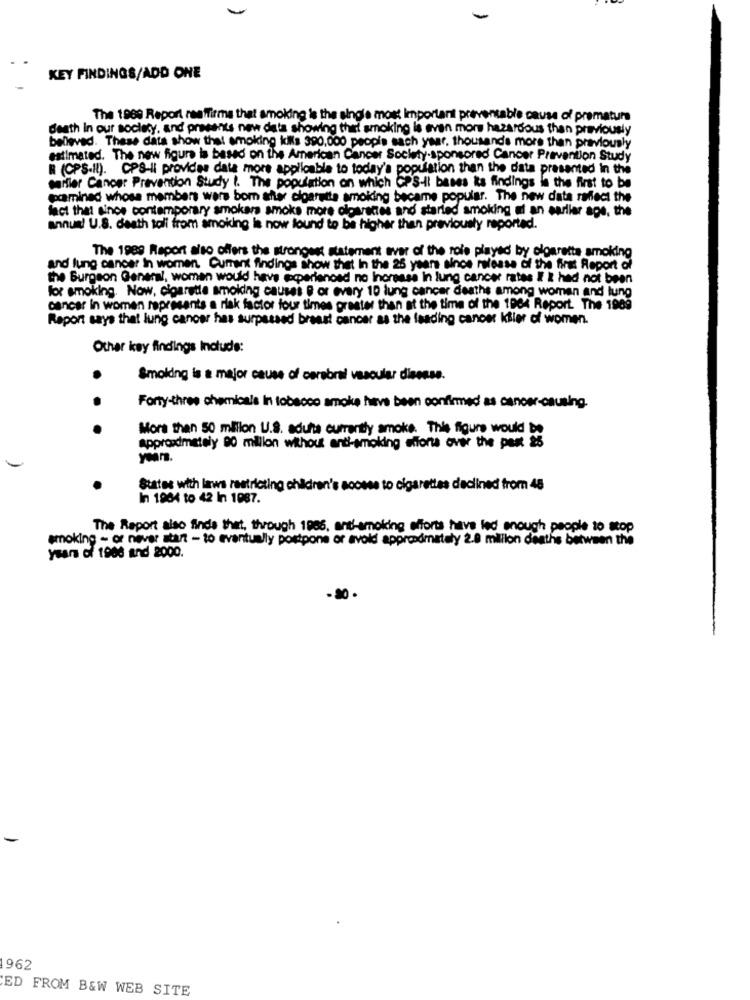
KEY FINDINGS/ADD ONE
The 1980 Report reaffirms that smoking is the single most important preventable cause of premature
death in our society, and presents new data showing thit smoking is even more hazardous than previously
believed. These data show that smoking kills 390.000 people sach yar, thousands more than previously
estimated. The new figure to based on the American Cancer Society-sponsored Cancer Prevention Study
I (CPS-11). CPS-Il provides date more applicable to today's population than the data presented in the
serier Cancer Prevention Study !. The population on which GPS-It bases it's findings is the first to be
ecmined whose members were bom after cigarette smoking became popular. The new data reflect the
fact that since contemporary smokers smoke more olparentes and started smoking af an earlier age. the
annus! U.S. death toll from smoking le now tound to be higher than previously reportad.
The 1989 Raport also offers the strongest statement ever of the role played by olgaretta smoking
and lung cancer in women. Current findings show that In the 25 years since release of the first Report of
the Surgeon General, woman would have experienced no Increase In lung cancer rates If I had not been
for smoking. Now, cigarette smoking causes @ or every 10 lung cancer deaths among women and lung
cancer In women represents a risk factor four times greater than at the time of the 1964 Report The 1909
Report says that lung cancer has surpassed breast cancer as the faading cancer kiler of women.
Other kcsy findings Include:
&molding is a major cause of cerebral vascular disease.
Forty-three chemicals In tobacco smoke have been confirmed as cancer-causing.
More then 50 millon U.S. adults currantly smoke. This figure would be
approximately 80 million without anti-smoking sifonts over the past 25
yon.
States with laws restricting children's access to cigarettes declined from 48
In 1984 to 42 In 1987.
The Report also finde thet, through 1986, anti-smoking efforts have led enough people to stop
smoking - or never start - to eventually postpone or avoid apprendmately 2.9 million deaths between the
year of 1900 and 2000.
-
1962
ED FROM B&W WEB SITE